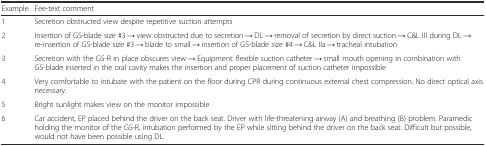
<table><thead><tr><td><b>Example</b></td><td><b>Fee-text comment</b></td></tr></thead><tbody><tr><td>1</td><td>Secretion obstructed view despite repetitive suction attempts</td></tr><tr><td>2</td><td>Insertion of GS-blade size #3 → view obstructed due to secretion → DL → removal of secretion by direct suction → C&amp;L III during DL → re-insertion of GS-blade size #3 → blade to small → insertion of GS-blade size #4 → C&amp;L IIa → tracheal intubation</td></tr><tr><td>3</td><td>Secretion with the GS-R in place obscures view → Equipment: flexible suction catheter → small mouth opening in combination with GS-blade inserted in the oral cavity makes the insertion and proper placement of suction catheter impossible</td></tr><tr><td>4</td><td>Very comfortable to intubate with the patient on the floor during CPR during continuous external chest compression. No direct optical axis necessary.</td></tr><tr><td>5</td><td>Bright sunlight makes view on the monitor impossible</td></tr><tr><td>6</td><td>Car accident, EP placed behind the driver on the back seat. Driver with life-threatening airway (A) and breathing (B) problem. Paramedic holding the monitor of the GS-R, intubation performed by the EP while sitting behind the driver on the back seat. Difficult but possible, would not have been possible using DL.</td></tr></tbody></table>